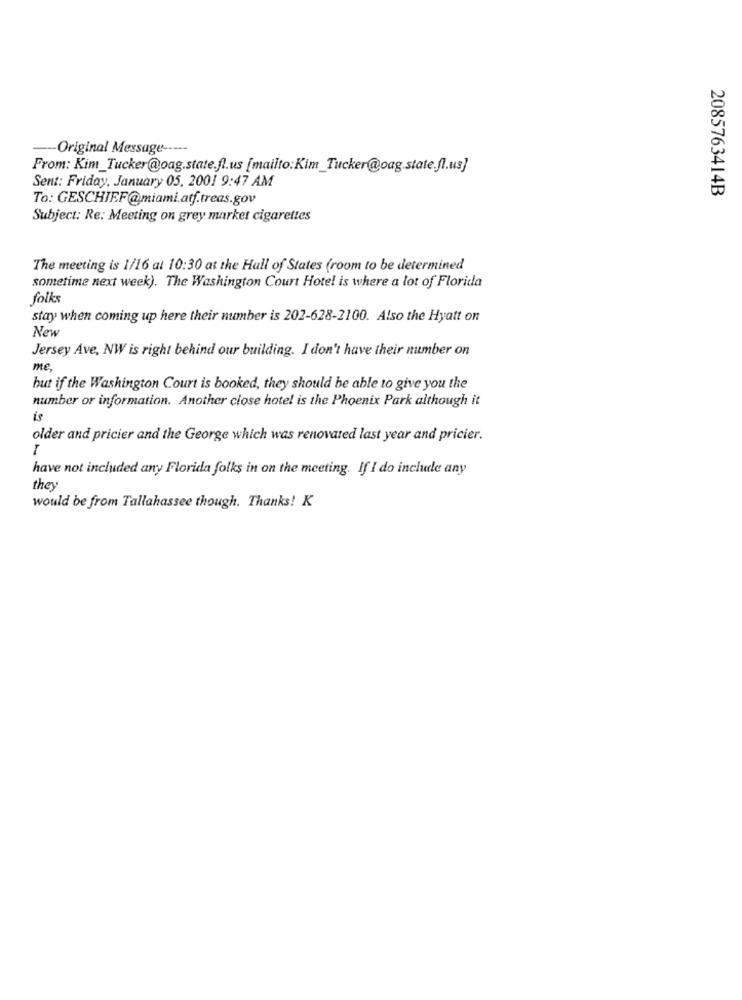
-- Original Message -----
From: Kim_Tucker@oag.state.fl.us [mailto:Kim_Tucker@oag.state.fl.us]
Sent: Friday, January 05, 2001 9:47 AM
2085763414B
To: GESCHIEF@miami.atf.treas.gov
Subject: Re: Meeting on grey market cigarettes
The meeting is 1/16 at 10:30 at the Hall of States (room to be determined
sometime next week). The Washington Court Hotel is where a lot of Florida
folks
stay when coming up here their number is 202-628-2100. Also the Hyatt on
New
Jersey Ave, NW is right behind our building. I don't have their number on
me,
but if the Washington Court is booked, they should be able to give you the
number or information. Another close hotel is the Phoenix Park although it
is
older and pricier and the George which was renovated last year and pricier.
I
have not included any Florida folks in on the meeting. If I do include any
they
would be from Tallahassee though. Thanks! K